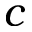
c